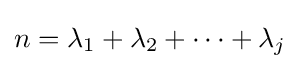
n=\lambda _{1}+\lambda _{2}+\cdots +\lambda _{j}